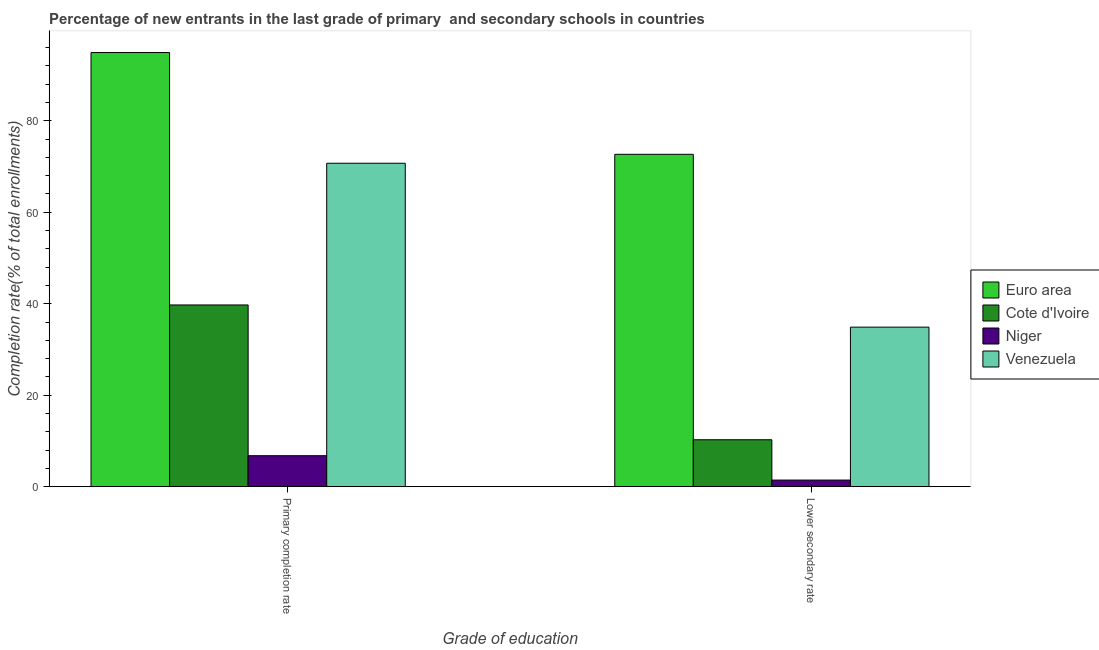
| Grade of education | Euro area | Cote d'Ivoire | Niger | Venezuela |
 | --- | --- | --- | --- | --- |
 | Primary completion rate | 94.9 | 39.7 | 6.78 | 70.7 |
 | Lower secondary rate | 72.7 | 10.3 | 1.45 | 34.9 |